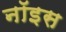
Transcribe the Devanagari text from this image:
नॉइस